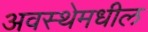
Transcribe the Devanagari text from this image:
अवस्थेमधील